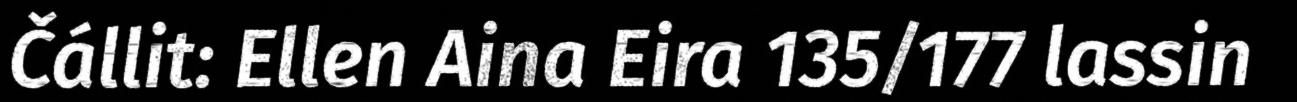
Čállit: Ellen Aina Eira 135/177 lassin